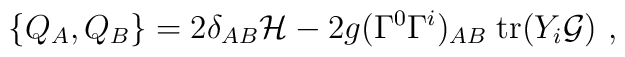
\{ Q_A, Q_B \} = 2\delta_{AB} {\cal H} -    2g (\Gamma^0\Gamma^i)_{AB}\;{\rm tr}( Y_i {\cal G})\ ,